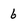
Character: 6